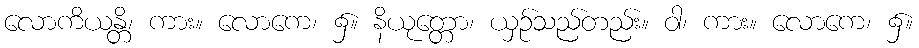
လောကိယန္တိ၊ ကား။ လောကေ၊ ၌။ နိယုတ္တော၊ ယှဉ်သည်တည်း။ ဝါ၊ ကား။ လောကေ၊ ၌။